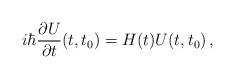
LaTeX: \begin{align*}i\hbar\frac{\partial U}{\partial t}(t,t_0)=H(t) U(t,t_0)\,,\end{align*}